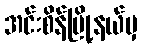
အင်းစိန်မြို့နယ်မှ